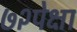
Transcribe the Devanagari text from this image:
७२पेक्षा